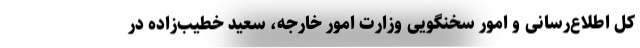
کل اطلاع‌رسانی و امور سخنگویی وزارت امور خارجه، سعید خطیب‌زاده در